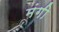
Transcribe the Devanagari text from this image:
मंगी